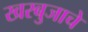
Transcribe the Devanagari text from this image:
खरबुजाचे